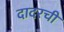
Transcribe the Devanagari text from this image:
दादरची